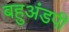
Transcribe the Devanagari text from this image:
बहुअंडपी